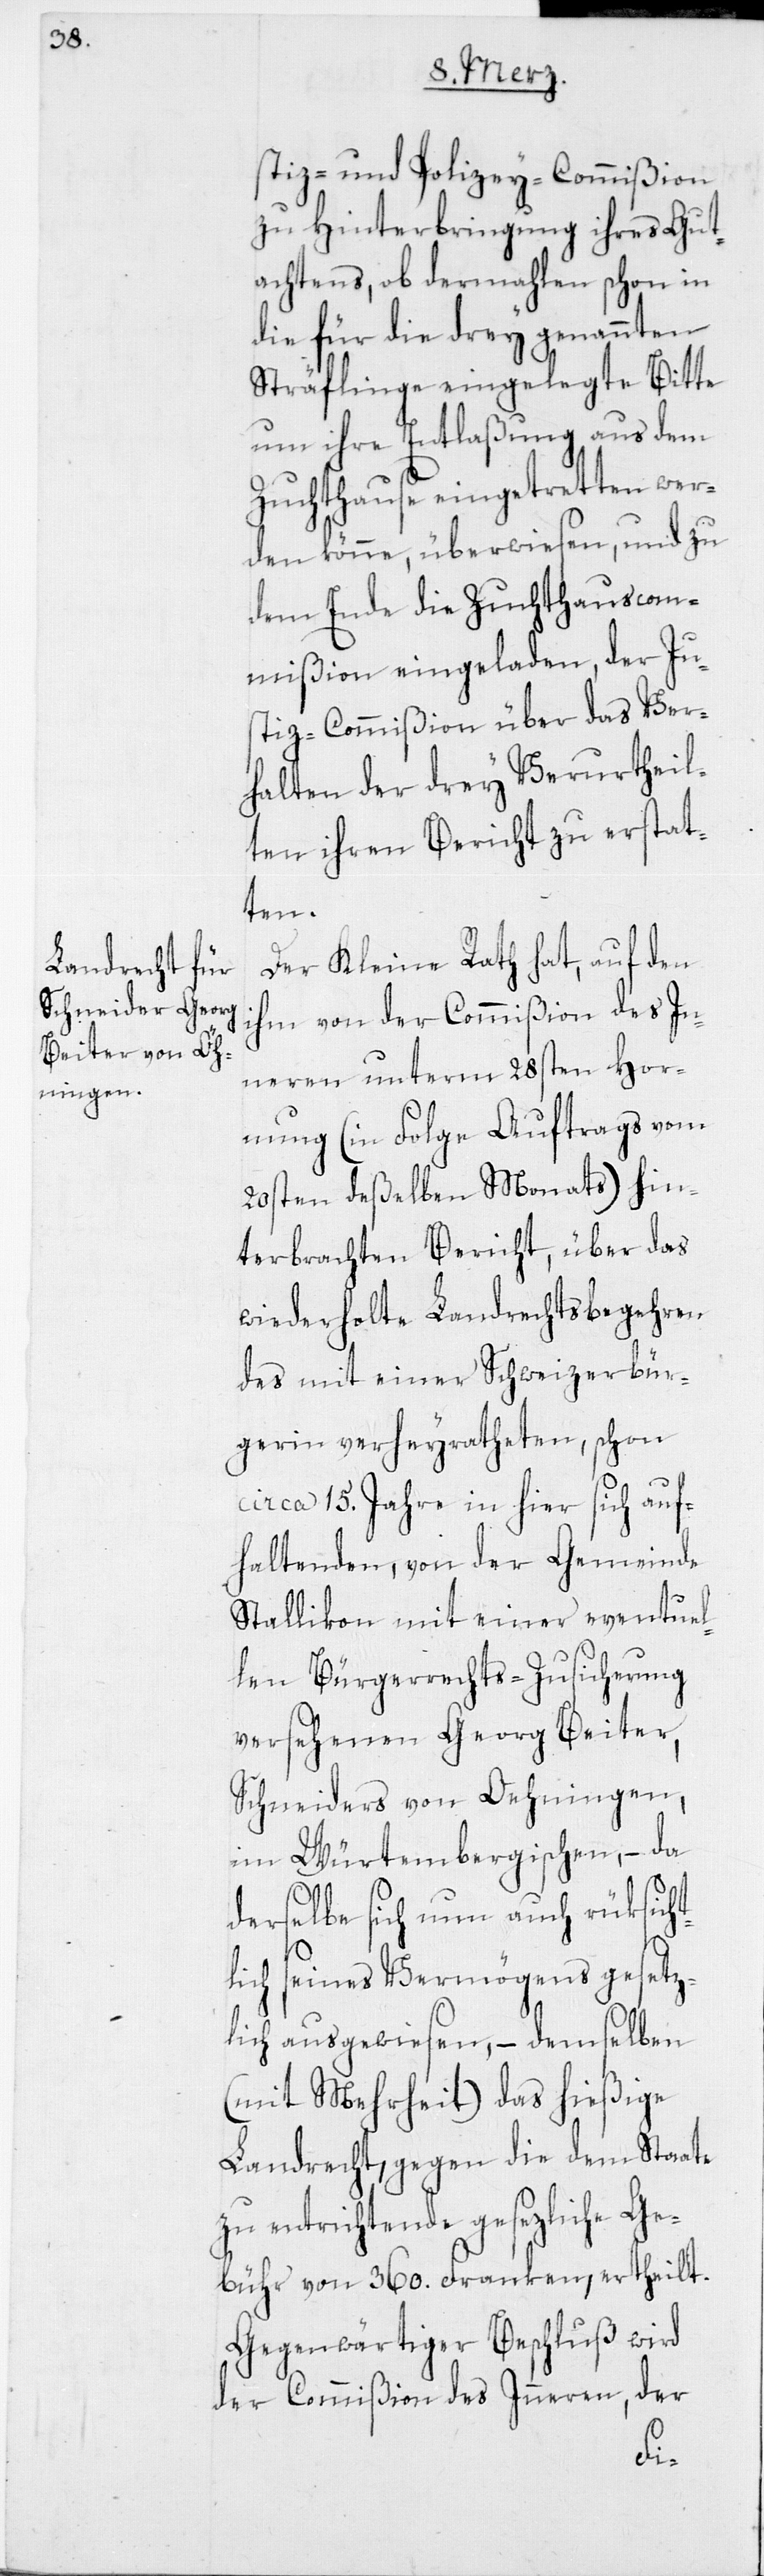
stiz- und Polizey-Commißion
zu Hinterbringung ihres Gut¬
achtens, ob dermahlen schon in
die für die drey genannten
Sträflinge eingelegte Bitte
um ihre Entlaßung aus dem
Zuchthause eingetretten wer¬
den könne, überwiesen, und zu
dem Ende die Zuchthauscom¬
mißion eingeladen, der Ju¬
stiz-Commißion über das Ver¬
halten der drey Verurtheil¬
ten ihren Bericht zu erstat¬
ten.
Der Kleine Rath hat, auf den
ihm von der Commißion des In¬
neren unterm 28sten Hor¬
nung (in Folge Auftrags vom
20sten deßelben Monats) hin¬
terbrachten Bericht, über das
wiederholte Landrechtsbegehren
des mit einer Schweizerbür¬
gerin verheyratheten, schon
circa 15. Jahre in hier sich auf¬
haltenden, von der Gemeinde
Stallikon mit einer eventuel¬
len Bürgerrechts-Zusicherung
versehenen Georg Beiter,
Schneiders von Oehningen,
im Würtembergischen, – da
derselbe sich nun auch rüksicht¬
lich seines Vermögens gesetz¬
lich ausgewiesen, – demselben
(mit Mehrheit) das hießige
Landrecht, gegen die dem Staate
zu entrichtende gesezliche Ge¬
bühr von 360. Franken, ertheilt.
Gegenwärtiger Beschluß wird
der Commißion des Inneren, der